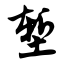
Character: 堑